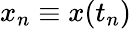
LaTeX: x_{n}\equiv x(t_{n})